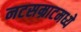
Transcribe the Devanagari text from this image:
नटसम्राटमध्ये